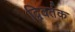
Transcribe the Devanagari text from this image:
द्विवर्तक